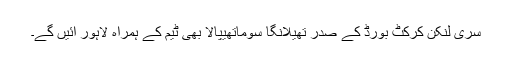
سری لنکن کرکٹ بورڈ کے صدر تھیلانگا سوماتھیپالا بھی ٹیم کے ہمراہ لاہور آئیں گے۔